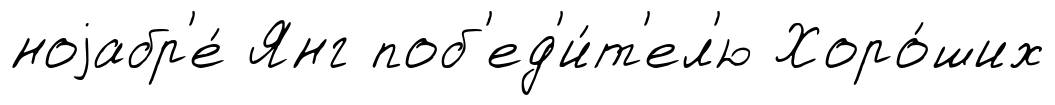
ноjабр'е́ Янг поб'ед'и́т'ел'ю Хоро́ших